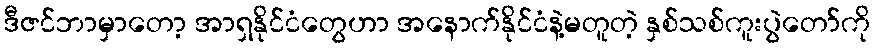
ဒီဇင်ဘာမှာတော့ အာရှနိုင်ငံတွေဟာ အနောက်နိုင်ငံနဲ့မတူတဲ့ နှစ်သစ်ကူးပွဲတော်ကို